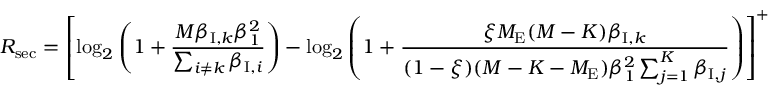
R _ { \mathrm { s e c } } = \left[ \log _ { 2 } \left( 1 + \frac { M \beta _ { \mathrm { I } , k } \beta _ { 1 } ^ { 2 } } { \sum _ { i \neq k } \beta _ { \mathrm { I } , i } } \right) - \log _ { 2 } \left( 1 + \frac { \xi M _ { \mathrm { E } } ( M - K ) \beta _ { \mathrm { I } , k } } { ( 1 - \xi ) ( M - K - M _ { \mathrm { E } } ) \beta _ { 1 } ^ { 2 } \sum _ { j = 1 } ^ { K } \beta _ { \mathrm { I } , j } } \right) \right] ^ { + }